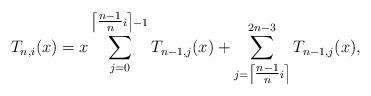
LaTeX: \begin{align*}T_{n,i}(x)=x\sum_{j=0}^{\left\lceil \tfrac{n-1}{n}i\right\rceil -1}T_{n-1,j}(x)+\sum_{j=\left\lceil \tfrac{n-1}{n}i\right\rceil }^{2n-3}T_{n-1,j}(x),\end{align*}